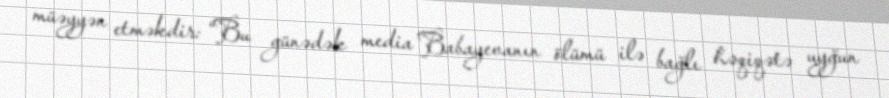
müəyyən etməkdir: “Bu günədək media Babayevanın ölümü ilə bağlı həqiqətə uyğun